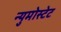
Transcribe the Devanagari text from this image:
न्युमोस्टेट